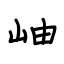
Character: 岫